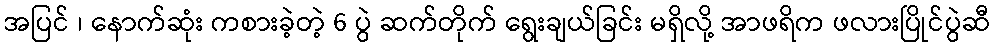
အပြင် ၊ နောက်ဆုံး ကစားခဲ့တဲ့ 6 ပွဲ ဆက်တိုက် ရွေးချယ်ခြင်း မရှိလို့ အာဖရိက ဖလားပြိုင်ပွဲဆီ